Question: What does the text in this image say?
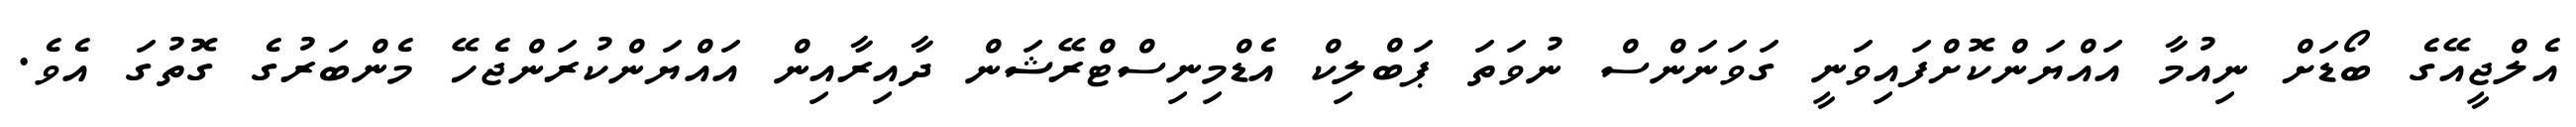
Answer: އެލްޖީއޭގެ ބޯޑަށް ނިއުމާ އައްޔަންކޮށްފައިވަނީ ގަވަނަންސް ނުވަތަ ޕަބްލިކް އެޑްމިނިސްޓްރޭޝަން ދާއިރާއިން އައްޔަންކުރަންޖެހޭ މެންބަރުގެ ގޮތުގަ އެވެ.